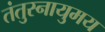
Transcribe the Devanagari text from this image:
तंतुस्नायुमय